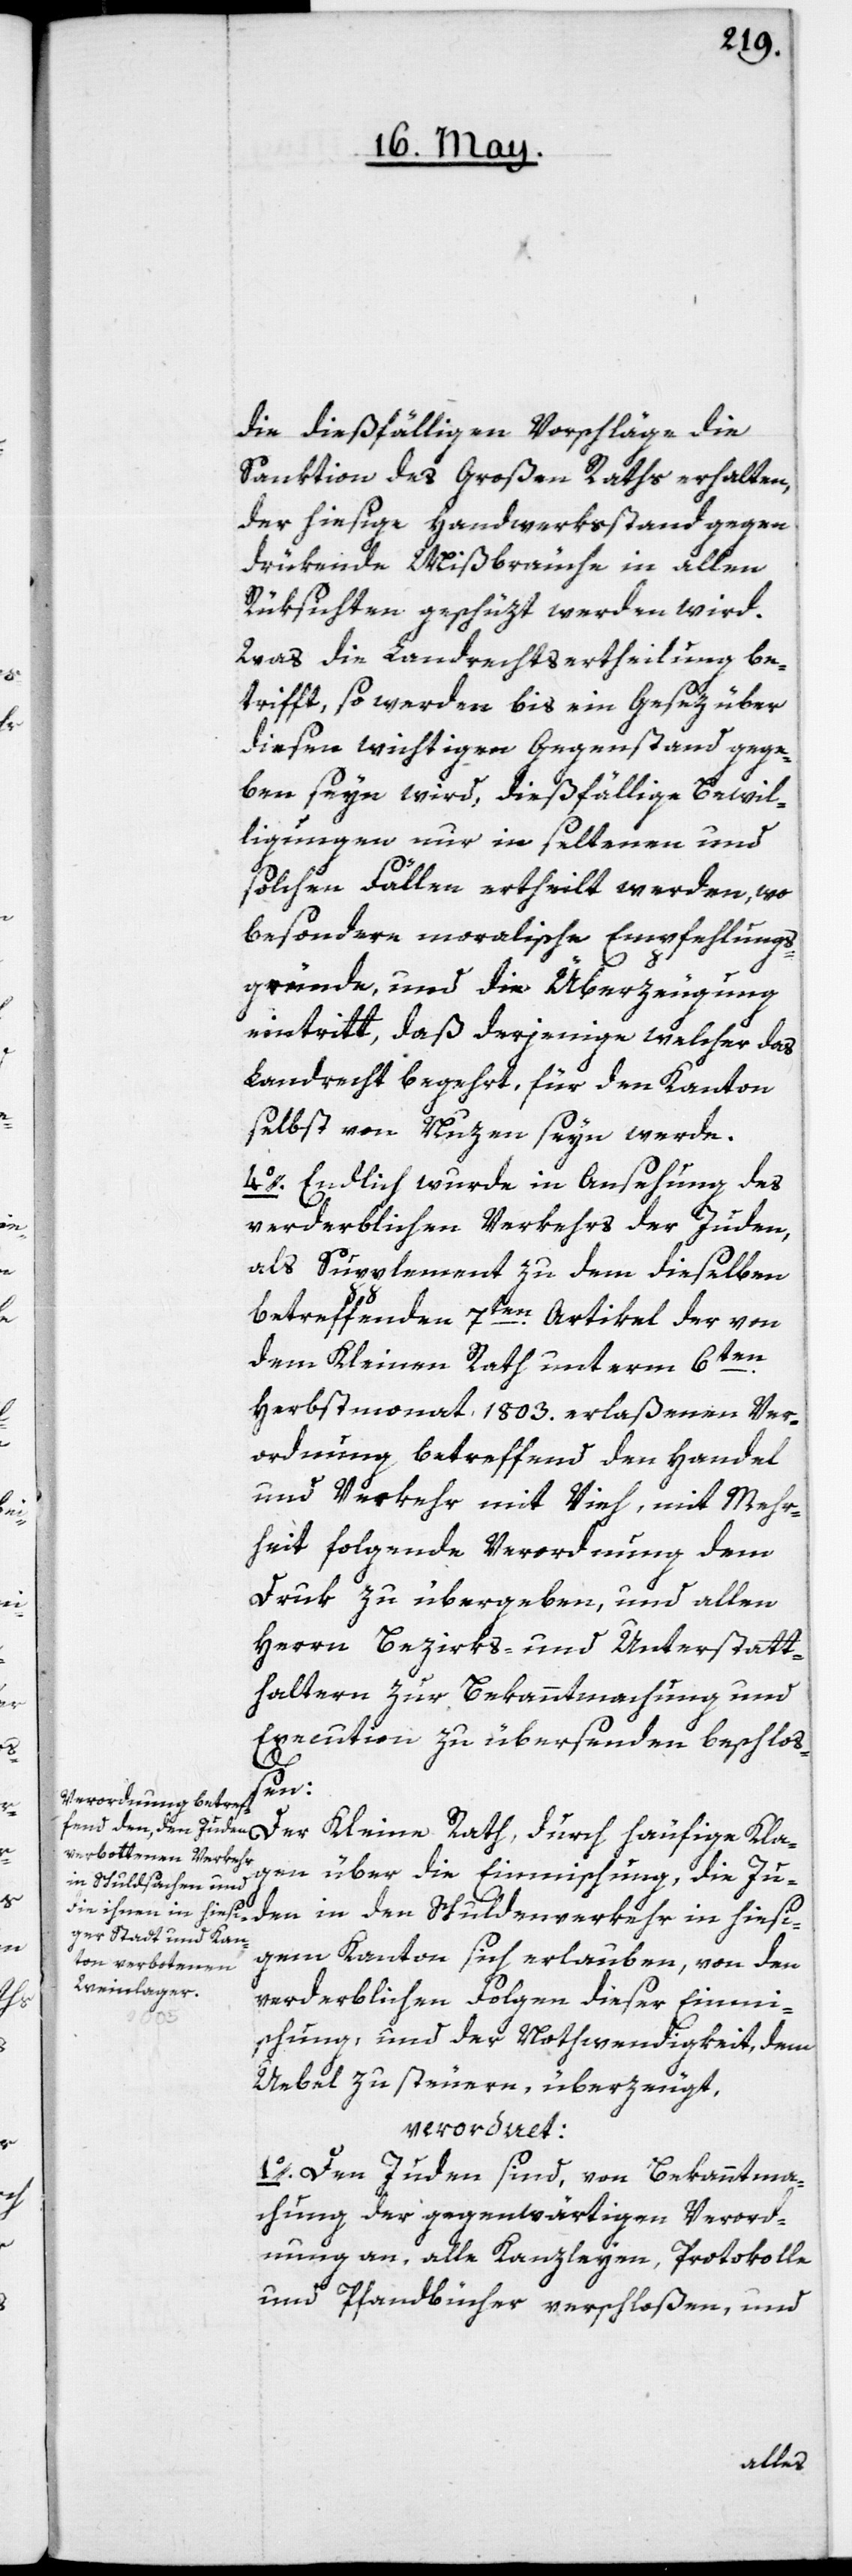
die dießfälligen Vorschläge die
Sanktion des Großen Raths erhalten,
der hiesige Handwerksstand gegen
drükende Mißbräuche in allen
Rüksichten geschüzt werden wird.
Was die Landrechtsertheilung be¬
trifft, so werden bis ein Gesez über
diesen wichtigen Gegenstand gege¬
ben seyn wird, dießfällige Bewil¬
ligungen nur in seltenen und
solchen Fällen ertheilt werden, wo
besondere moralische Empfehlungs¬
gründe, und die Überzeugung
eintritt, daß derjenige, welcher das
Landrecht begehrt, für den Kanton
selbst von Nuzen seyn werde.
4o. Endlich wurde in Ansehung des
verderblichen Verkehrs der Juden,
als Supplement zu dem dieselben
betreffenden 7ten Artikel der von
dem Kleinen Rath unterm 6ten
Herbstmonat 1803 erlaßenen Ver¬
ordnung betreffend den Handel
und Verkehr mit Vieh, mit Mehr¬
heit folgende Verordnung dem
Druk zu übergeben, und allen
Herrn Bezirks- und Unterstatt¬
haltern zur Bekanntmachung und
Executiion zu übersenden beschloß¬
en:
Der Kleine Rath, durch häufige Kla¬
gen über die Einmischung, die Ju¬
den in den Schuldenverkehr in hiesi¬
gem Kanton sich erlauben, von den
verderblichen Folgen dieser Einmi¬
schung, und der Nothwendigkeit, dem
Uebel zu steuern, überzeugt,
verordnet:
1o. Den Juden sind, von Bekanntma¬
chung der gegenwärtigen Verord¬
nung an, alle Kanzleyen, Protokolle
und Pfandbücher verschloßen, und